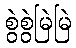
စွဲစွဲမြဲမြဲ